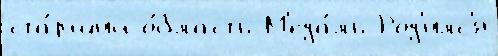
ста́рший о́бласть М'еда́ль Род'илс'я